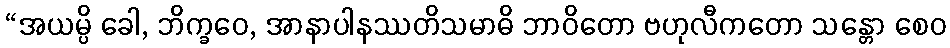
“အယမ္ပိ ခေါ, ဘိက္ခဝေ, အာနာပါနဿတိသမာဓိ ဘာဝိတော ဗဟုလီကတော သန္တော စေဝ